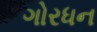
ગોરધન